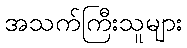
အသက်ကြီးသူများ